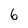
Character: 6